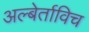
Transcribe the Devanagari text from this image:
अल्बेर्ताविच